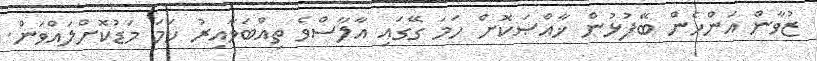
ޒުވާން އަންހެން ބޭފުޅުން ޚާއްޞަކޮށް ހަމަ ގޭގައި އާލާސްވެ ތިއްބަވާއިރު ހަމަ މަޑުކޮށްލައްވަން.